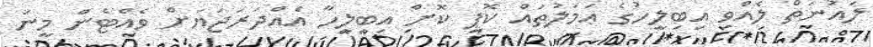
ލައުނަތް ލެއްވި އިބިލީހުގެ ޢަމަލުތައް ކޮޕީ ކޮށް އިބިލީހާ އެއްދަރަޖަޔަށް ވެއްޓެން މީނަ